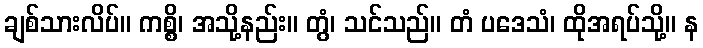
ချစ်သားလိပ်။ ကစ္စိ၊ အသို့နည်း။ တွံ၊ သင်သည်။ တံ ပဒေသံ၊ ထိုအရပ်သို့။ န